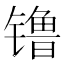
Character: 镥